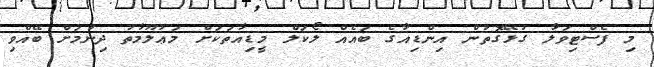
މި ފެސްޓިވަލާ ގުޅޭގޮތުން އިންޑިއާގެ ބައެއް ލޯކަލް މީޑިއާތަކަށް މަޢުލޫމާތު ދިނުމަށް ބޭއްވި